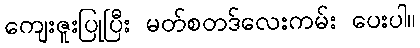
ကျေးဇူးပြုပြီး မတ်စတဒ်လေးကမ်း ပေးပါ။